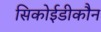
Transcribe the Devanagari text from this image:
सिकोईडीकौन